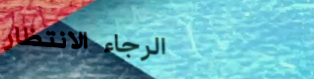
الرجاء الانتظار